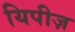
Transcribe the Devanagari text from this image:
यिपीज़